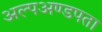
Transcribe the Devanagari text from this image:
अल्पअण्डपता